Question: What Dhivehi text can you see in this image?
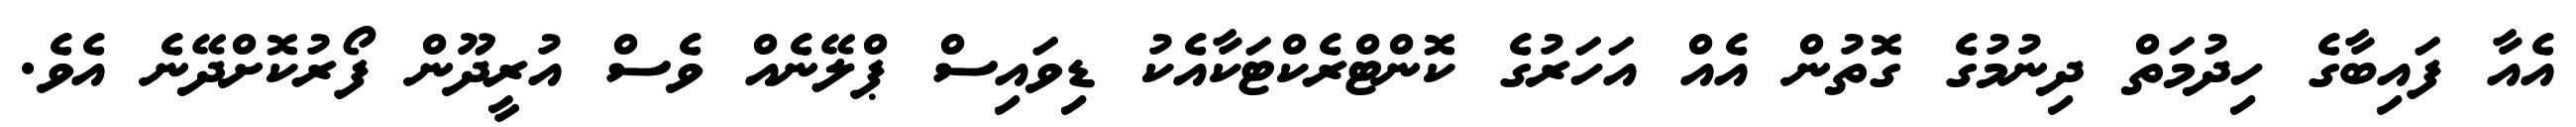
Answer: އެއާ ފައިބާގެ ހިދުމަތް ދިނުމުގެ ގޮތުން އެއް އަހަރުގެ ކޮންޓްރެކްޓަކާއެކު ޑިވައިސް ޕްލޭނެއް ވެސް އުރީދޫން ފޯރުކޮށްދޭނެ އެވެ.